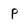
Character: p